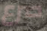
صرع